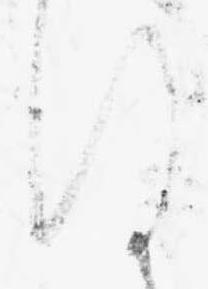
ほ